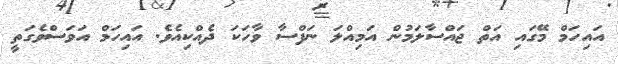
އައިހަމް މޭގައި އަތް ޖައްސާލަމުން އަމިއްލަ ނަފްސާ ވާހަކަ ދެއްކިއެވެ. އައިހަމް އަވަސްވެގަތީ